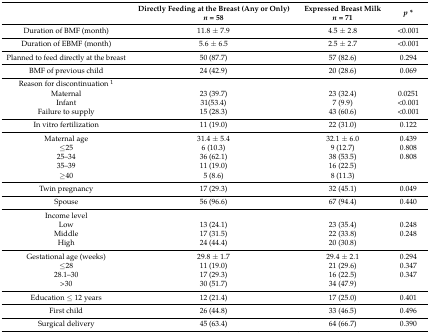
<table><thead><tr><td></td><td><b>Directly Feeding at the Breast (Any or Only) <i>n</i> = 58</b></td><td><b>Expressed Breast Milk<i>n</i> = 71</b></td><td><b><i>p *</i></b></td></tr></thead><tbody><tr><td>Duration of BMF (month)</td><td>11.8 ± 7.9</td><td>4.5 ± 2.8</td><td>&lt;0.001</td></tr><tr><td>Duration of EBMF (month)</td><td>5.6 ± 6.5</td><td>2.5 ± 2.7</td><td>&lt;0.001</td></tr><tr><td>Planned to feed directly at the breast</td><td>50 (87.7)</td><td>57 (82.6)</td><td>0.294</td></tr><tr><td>BMF of previous child</td><td>24 (42.9)</td><td>20 (28.6)</td><td>0.069</td></tr><tr><td>Reason for discontinuation <sup>1</sup></td><td></td><td></td><td></td></tr><tr><td>Maternal</td><td>23 (39.7)</td><td>23 (32.4)</td><td>0.0251</td></tr><tr><td>Infant</td><td>31(53.4)</td><td>7 (9.9)</td><td>&lt;0.001</td></tr><tr><td>Failure to supply</td><td>15 (28.3)</td><td>43 (60.6)</td><td>&lt;0.001</td></tr><tr><td>In vitro fertilization</td><td>11 (19.0)</td><td>22 (31.0)</td><td>0.122</td></tr><tr><td>Maternal age</td><td>31.4 ± 5.4</td><td>32.1 ± 6.0</td><td>0.439</td></tr><tr><td>≤25</td><td>6 (10.3)</td><td>9 (12.7)</td><td>0.808</td></tr><tr><td>25–34</td><td>36 (62.1)</td><td>38 (53.5)</td><td>0.808</td></tr><tr><td>35–39</td><td>11 (19.0)</td><td>16 (22.5)</td><td></td></tr><tr><td>≥40</td><td>5 (8.6)</td><td>8 (11.3)</td><td></td></tr><tr><td>Twin pregnancy</td><td>17 (29.3)</td><td>32 (45.1)</td><td>0.049</td></tr><tr><td>Spouse</td><td>56 (96.6)</td><td>67 (94.4)</td><td>0.440</td></tr><tr><td>Income level</td><td></td><td></td><td></td></tr><tr><td>Low</td><td>13 (24.1)</td><td>23 (35.4)</td><td>0.248</td></tr><tr><td>Middle</td><td>17 (31.5)</td><td>22 (33.8)</td><td>0.248</td></tr><tr><td>High</td><td>24 (44.4)</td><td>20 (30.8)</td><td></td></tr><tr><td>Gestational age (weeks)</td><td>29.8 ± 1.7</td><td>29.4 ± 2.1</td><td>0.294</td></tr><tr><td>≤28</td><td>11 (19.0)</td><td>21 (29.6)</td><td>0.347</td></tr><tr><td>28.1–30</td><td>17 (29.3)</td><td>16 (22.5)</td><td>0.347</td></tr><tr><td>&gt;30</td><td>30 (51.7)</td><td>34 (47.9)</td><td></td></tr><tr><td>Education ≤ 12 years</td><td>12 (21.4)</td><td>17 (25.0)</td><td>0.401</td></tr><tr><td>First child</td><td>26 (44.8)</td><td>33 (46.5)</td><td>0.496</td></tr><tr><td>Surgical delivery</td><td>45 (63.4)</td><td>64 (66.7)</td><td>0.390</td></tr></tbody></table>